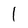
Character: l